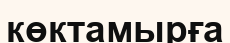
көктамырға